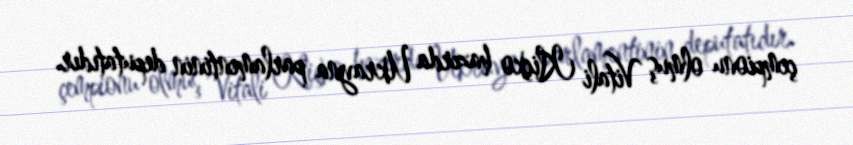
çempionu olmuş Vitali Kliçko hazırda Ukrayna parlamentinin deputatıdır.